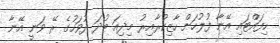
ހިފައްޓައި އޭނާ ފުލުހަށް ހާޒިކުރާއިރު މިދިއަ ބުދަ ދުވަހުގެ ރޭ ވަނީ އޭނާ